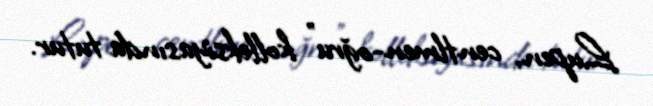
Lupen, centlmen-oğru" kolleksiyasında tutur.